Scottish Leaving Certificate Examination, 1957
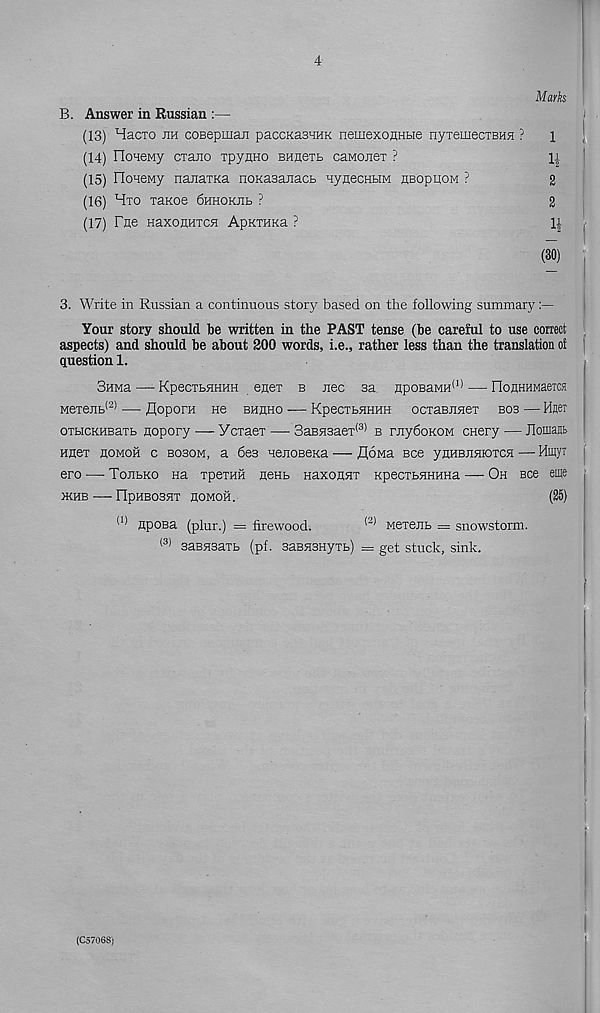
4
Mark
1
!
4 I
2
2
i ! (
(80)
3. Write in Russian a continuous story based on the following summary
Your story should be written in the PAST tense (be careful to use correct
aspects) and should be about 200 words, i.e., rather less than the translation of
question 1.
Suwa —- KpecTbHHHH ener b jiec 3a HpoeaMH (1) ■ — nonHHMaexca
Mexejib 12 ' — floporn He bhhho — KpecxbHHHH ocxaBnnex bos — Hfler
oxbicKHBaxb nopory — YcxaeT — 3aBH3aex (3) b rnydoKOM cnery — Jlomant
Hnex flOMoir c bosom, a 6e3 HenoBeKa — flowa see ynHEJisnoxcH—-MmyT
ero —- TojibKo na xpexHH hchb Haxonnx KpecxbHHHHa — Oh see eme
JKHB FIpHBOSHX HOMOH.
(25)
(1> HpoBa (plur.) = firewood.
(2) wexerib — snowstorm.
(3) saBHsaxb (pf. saBHsnyxb) = get stuck, sink.
B. Answer in Russian :—
(13) Hacxo jih coBepmaji paccKasHHK nemexonHbie nyxemecxBHa ?
(14) FIoHewy cxano xpyflHO BHnexb caMonex ?
(15) IloHeMy najiaxKa noKasanacb HynecHbiM HBopuoM ?
(16) Hxo xanoe dHHOKJib ?
(17) Fne HaxonHxcH ApKTHKa ?
(C57068)